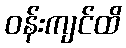
ဝန်းကျင်ထိ